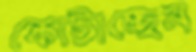
কোটাচ্ছেন